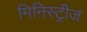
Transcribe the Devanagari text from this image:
मिनिस्ट्रीज